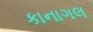
કાનાગલ